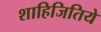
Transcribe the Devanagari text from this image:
शाहिजितिये